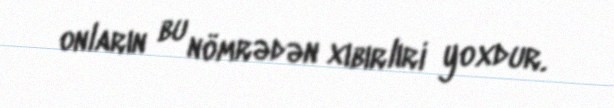
onların bu nömrədən xıbırlıri yoxdur.